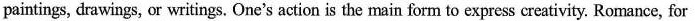
paintings, drawings, or writings. One's action is the main form to express creativity. Romance, for